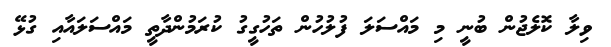
ވިލާ ކޮލެޖުން ބުނީ މި މައްސަލަ ފުލުހުން ތަހުގީގު ކުރަމުންދާތީ މައްސަލައާއި ގުޅޭ